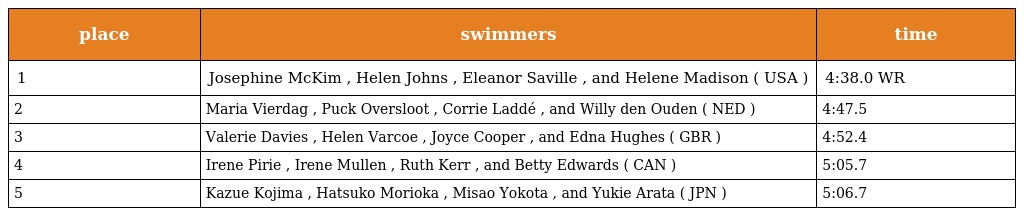
| place | swimmers | time |
 | --- | --- | --- |
 | 1 | Josephine McKim , Helen Johns , Eleanor Saville , and Helene Madison ( USA ) | 4:38.0 WR |
 | 2 | Maria Vierdag , Puck Oversloot , Corrie Laddé , and Willy den Ouden ( NED ) | 4:47.5 |
 | 3 | Valerie Davies , Helen Varcoe , Joyce Cooper , and Edna Hughes ( GBR ) | 4:52.4 |
 | 4 | Irene Pirie , Irene Mullen , Ruth Kerr , and Betty Edwards ( CAN ) | 5:05.7 |
 | 5 | Kazue Kojima , Hatsuko Morioka , Misao Yokota , and Yukie Arata ( JPN ) | 5:06.7 |